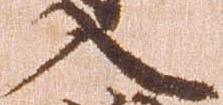
入